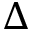
\Delta